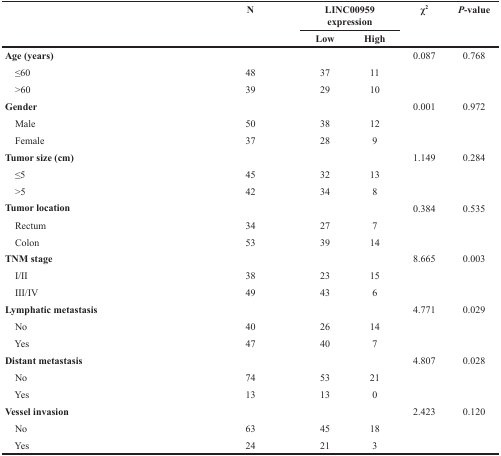
<table><thead><tr><td rowspan="2"></td><td rowspan="2"><b>N</b></td><td colspan="2"><b>LINC00959 expression</b></td><td rowspan="2"><b>χ<sup>2</sup></b></td><td rowspan="2"><b><i>P</i>-value</b></td></tr><tr><td><b>Low</b></td><td><b>High</b></td></tr></thead><tbody><tr><td><b>Age (years)</b></td><td></td><td></td><td></td><td>0.087</td><td>0.768</td></tr><tr><td> ≤60</td><td>48</td><td>37</td><td>11</td><td></td><td></td></tr><tr><td> &gt;60</td><td>39</td><td>29</td><td>10</td><td></td><td></td></tr><tr><td><b>Gender</b></td><td></td><td></td><td></td><td>0.001</td><td>0.972</td></tr><tr><td> Male</td><td>50</td><td>38</td><td>12</td><td></td><td></td></tr><tr><td> Female</td><td>37</td><td>28</td><td>9</td><td></td><td></td></tr><tr><td><b>Tumor size (cm)</b></td><td></td><td></td><td></td><td>1.149</td><td>0.284</td></tr><tr><td> ≤5</td><td>45</td><td>32</td><td>13</td><td></td><td></td></tr><tr><td> &gt;5</td><td>42</td><td>34</td><td>8</td><td></td><td></td></tr><tr><td><b>Tumor location</b></td><td></td><td></td><td></td><td>0.384</td><td>0.535</td></tr><tr><td> Rectum</td><td>34</td><td>27</td><td>7</td><td></td><td></td></tr><tr><td> Colon</td><td>53</td><td>39</td><td>14</td><td></td><td></td></tr><tr><td><b>TNM stage</b></td><td></td><td></td><td></td><td>8.665</td><td>0.003</td></tr><tr><td> I/II</td><td>38</td><td>23</td><td>15</td><td></td><td></td></tr><tr><td> III/IV</td><td>49</td><td>43</td><td>6</td><td></td><td></td></tr><tr><td><b>Lymphatic metastasis</b></td><td></td><td></td><td></td><td>4.771</td><td>0.029</td></tr><tr><td> No</td><td>40</td><td>26</td><td>14</td><td></td><td></td></tr><tr><td> Yes</td><td>47</td><td>40</td><td>7</td><td></td><td></td></tr><tr><td><b>Distant metastasis</b></td><td></td><td></td><td></td><td>4.807</td><td>0.028</td></tr><tr><td> No</td><td>74</td><td>53</td><td>21</td><td></td><td></td></tr><tr><td> Yes</td><td>13</td><td>13</td><td>0</td><td></td><td></td></tr><tr><td><b>Vessel invasion</b></td><td></td><td></td><td></td><td>2.423</td><td>0.120</td></tr><tr><td> No</td><td>63</td><td>45</td><td>18</td><td></td><td></td></tr><tr><td> Yes</td><td>24</td><td>21</td><td>3</td><td></td><td></td></tr></tbody></table>